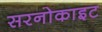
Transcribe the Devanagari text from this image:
सरनोकाइट